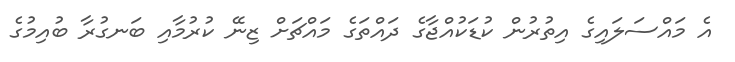
އެ މައްސަލައިގެ އިތުރުން ކުޑަކުއްޖާގެ ދައްތަގެ މައްޗަށް ޒިނޭ ކުރުމާއި ބަނގުރާ ބުއިމުގެ